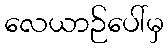
လေယာဉ်ပေါ်မှ